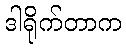
ဒါရိုက်တာက